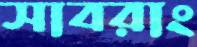
সাবরাং